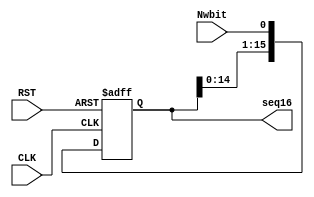
`timescale 1ns / 1ps

module Generator16_Seq(RST, CLK, Nwbit, seq16);
input RST;
input CLK;
input Nwbit; //From Combinational Logic
output reg [15:0] seq16; //To Pattern Detector, and To Combinational Logic

initial seq16 <= 16'b0001_0010_0011_0100;

always @ (negedge RST or posedge CLK)
begin

	if(!RST)
	begin
		seq16 <= 16'b0001_0010_0011_0100;
	end

	else
	begin
		seq16[15] <= seq16[14];
		seq16[14] <= seq16[13];
		seq16[13] <= seq16[12];
		seq16[12] <= seq16[11];
		seq16[11] <= seq16[10];
		seq16[10] <= seq16[9];
		seq16[9] <= seq16[8];
		seq16[8] <= seq16[7];
		seq16[7] <= seq16[6];
		seq16[6] <= seq16[5];
		seq16[5] <= seq16[4];
		seq16[4] <= seq16[3];
		seq16[3] <= seq16[2];
		seq16[2] <= seq16[1];
		seq16[1] <= seq16[0];
		seq16[0] <= Nwbit;
	end
end
endmodule